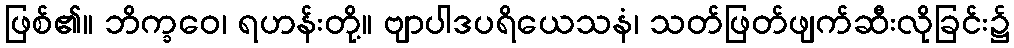
ဖြစ်၏။ ဘိက္ခဝေ၊ ရဟန်းတို့။ ဗျာပါဒပရိယေသနံ၊ သတ်ဖြတ်ဖျက်ဆီးလိုခြင်း၌